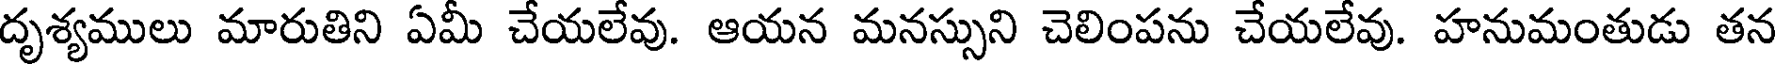
దృశ్యములు మారుతిని ఏమీ చేయలేవు. ఆయన మనస్సుని చెలింపను చేయలేవు. హనుమంతుడు తన